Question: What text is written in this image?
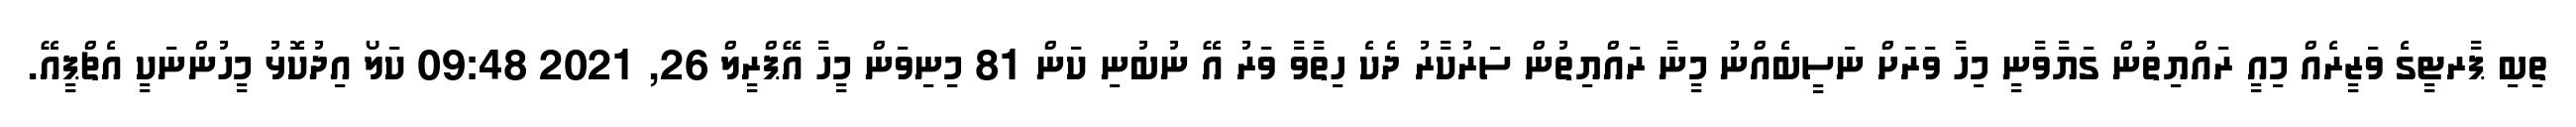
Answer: ތިބި ޕާރޓީގެ ވަޒީރެއް މިއީ ރައްޔިތުން ގަޔާވާނީ މިހާ ވަރަށް ނަސީބެއްނު މީނާ ރައްޔިތުން ސަރުކާރު ދެކެ ހިތާވާ ވަރު އޭ ނުބުނި ކަން 81 މިނިވަން މީހާ އޭޕްރީލް 26, 2021 09:48 ކަލޯ އިދުކޮޅު މީހުންނަކީ އެޗްޕީއޭ.